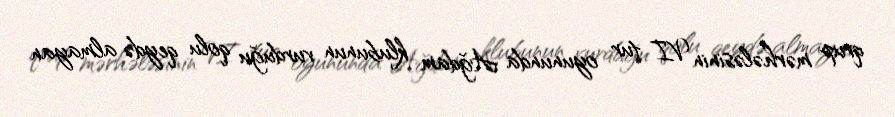
qrup mərhələsinin VI tur oyununda Ağdam klubunun vurduğu qolu qeydə almayan